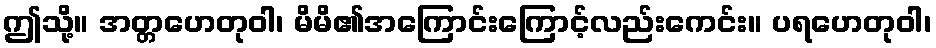
ဤသို့။ အတ္တဟေတုဝါ၊ မိမိ၏အကြောင်းကြောင့်လည်းကေင်း။ ပရဟေတုဝါ၊